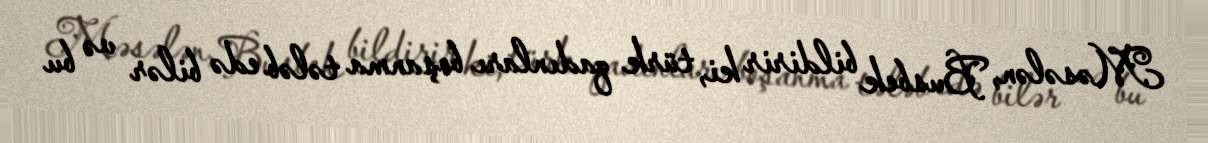
Məsələn, Busbek bildirir ki, türk qadınları boşanma tələb edə bilər və bu